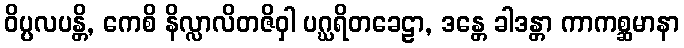
ဝိပ္ပလပန္တိ, ကေစိ နိလ္လာလိတဇိဝှါ ပဂ္ဃရိတခေဠာ, ဒန္တေ ခါဒန္တာ ကာကစ္ဆမာနာ